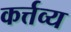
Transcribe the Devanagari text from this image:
कर्त्तव्‍य